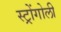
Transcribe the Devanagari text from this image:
स्ट्रोंगोली